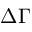
\Delta \Gamma